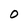
Character: O